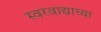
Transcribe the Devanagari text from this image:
स्वरवाद्याच्या